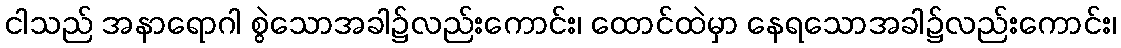
ငါသည် အနာရောဂါ စွဲသောအခါ၌လည်းကောင်း၊ ထောင်ထဲမှာ နေရသောအခါ၌လည်းကောင်း၊